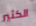
الكثير